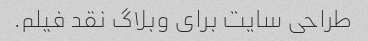
طراحی سایت برای وبلاگ نقد فیلم.